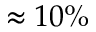
\approx 1 0 \%